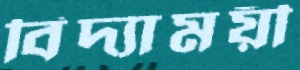
বিদ্যাময়ী